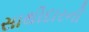
સાથીદારની